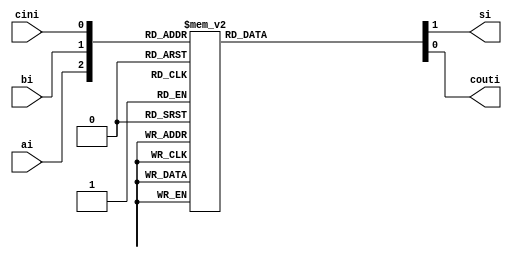
module fulladdbehav (
	input ai, bi, cini,
	output reg si, couti);
		always @(ai,bi,cini)
			case({ai, bi, cini})
				3'b000: begin couti=1'b0;si=1'b0; end 
				3'b001: begin couti=1'b0;si=1'b1; end 
				3'b010: begin couti=1'b0;si=1'b1; end 
				3'b011: begin couti=1'b1;si=1'b0; end
				3'b100: begin couti=1'b0;si=1'b1; end 
				3'b101: begin couti=1'b1;si=1'b0; end 
				3'b110: begin couti=1'b1;si=1'b0; end 
				3'b111: begin couti=1'b1;si=1'b1; end
			endcase
endmodule